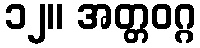
၁၂။ အတ္တဝဂ္ဂ